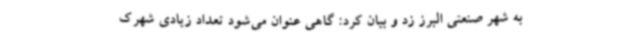
به شهر صنعتی البرز زد و بیان کرد: گاهی عنوان می‌شود تعداد زیادی شهرک